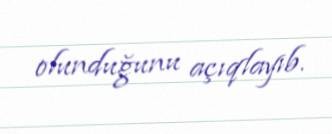
olunduğunu açıqlayıb.